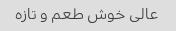
عالی خوش طعم و تازه